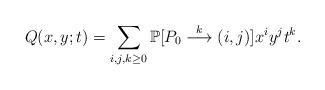
LaTeX: \begin{align*} Q(x,y;t)=\sum_{i,j,k\geq0} \mathbb P[P_0\stackrel{k}{\longrightarrow} (i,j)] x^{i}y^{j}t^{k}.\end{align*}